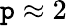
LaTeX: \mathtt{p}\approx2